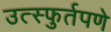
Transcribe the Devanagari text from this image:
उत्स्फुर्तपणे